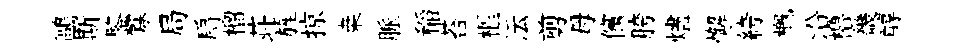
鷗斯鍳寡局扃榴荘旌掠桒脈稲苔樞沄剪母儻胯燼懈絝概沿櫓畿醇